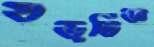
ষড়ভিজ্ঞ